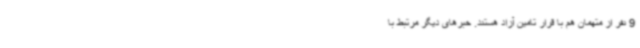
9 نفر از متهمان هم با قرار تامین آزاد هستند. خبرهای دیگر مرتبط با